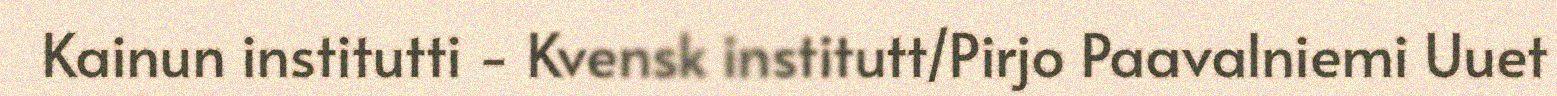
Kainun institutti - Kvensk institutt/Pirjo Paavalniemi Uuet